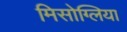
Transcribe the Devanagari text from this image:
मिसोग्लिया